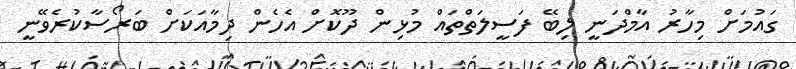
ގައުމަށް މިހާރު އާމްދަނީ ލިބޭ ފަސީލަތްތައް މުޅިން ދޫކޮށް އެހެން ދިމާއަކަށް ބަރޯސާކުރެވޭނީ